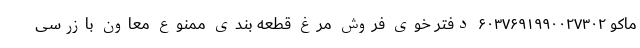
ماکو ۶۰۳۷۶۹۱۹۹۰۰۲۷۳۰۲ دفتر خوی فروش مرغ قطعه بندی ممنوع معاون بازرسی